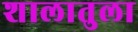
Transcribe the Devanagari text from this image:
शालातुला